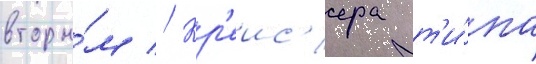
вторы́м // Кр'еис'ера т'и́па